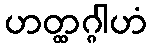
ဟတ္ထဂ္ဂါဟံ